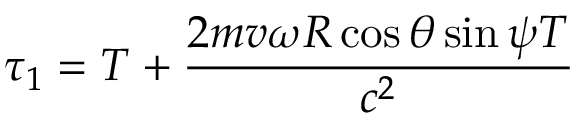
\tau _ { 1 } = T + \frac { 2 m v \omega R \cos { \theta } \sin { \psi } T } { c ^ { 2 } }